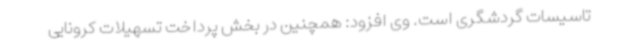
تاسیسات گردشگری است. وی افزود: همچنین در بخش پرداخت تسهیلات کرونایی